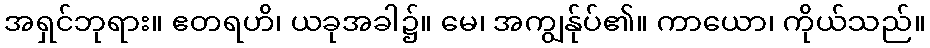
အရှင်ဘုရား။ ဧတရဟိ၊ ယခုအခါ၌။ မေ၊ အကျွန်ုပ်၏။ ကာယော၊ ကိုယ်သည်။